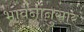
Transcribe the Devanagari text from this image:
भावनांनुसार